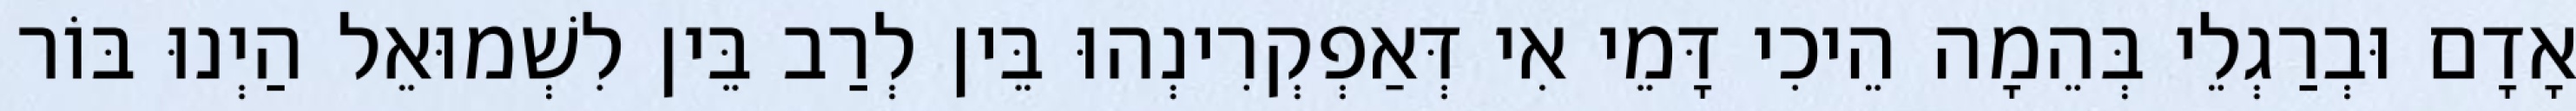
אָדָם וּבְרַגְלֵי בְּהֵמָה הֵיכִי דָּמֵי אִי דְּאַפְקְרִינְהוּ בֵּין לְרַב בֵּין לִשְׁמוּאֵל הַיְנוּ בּוֹר